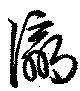
瀛